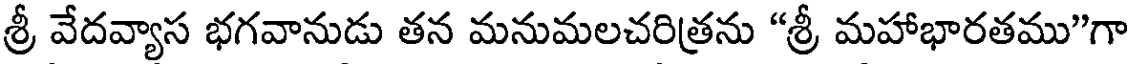
శ్రీ వేదవ్యాస భగవానుడు తన మనుమలచరిత్రను "శ్రీ మహాభారతము"గా